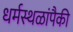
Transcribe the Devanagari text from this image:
धर्मस्थळांपैकी